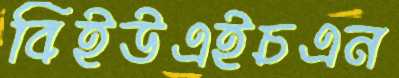
বিইউএইচএন